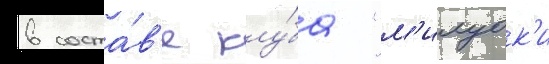
в соста́в'е клу́ба "м'илуок'и